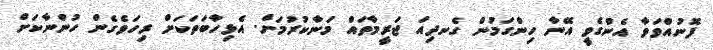
ފޮނުއްވަވާ އެންގެވީ އޭނާ ހިންގަމުން ގެނދިއަ ޖަރީމާތައް މަނާކުރުމަށް. އެޅިހާބަތަކަށް ރިހަވެގެން ހުންނާކަށް